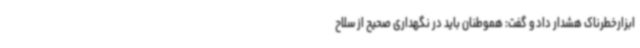
ابزارخطرناک هشدار داد و گفت: هموطنان باید در نگهداری صحیح از سلاح